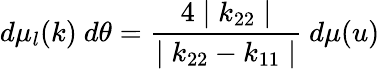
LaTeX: d\mu_{l}(k)~d\theta=\frac{4\mid k_{22}\mid}{\mid k_{22}-k_{11}\mid}~d\mu(u)